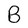
Character: B